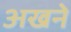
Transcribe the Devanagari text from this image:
अखने